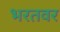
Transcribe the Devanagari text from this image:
भरतवर